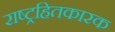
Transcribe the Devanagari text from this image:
राष्ट्रहितकारक